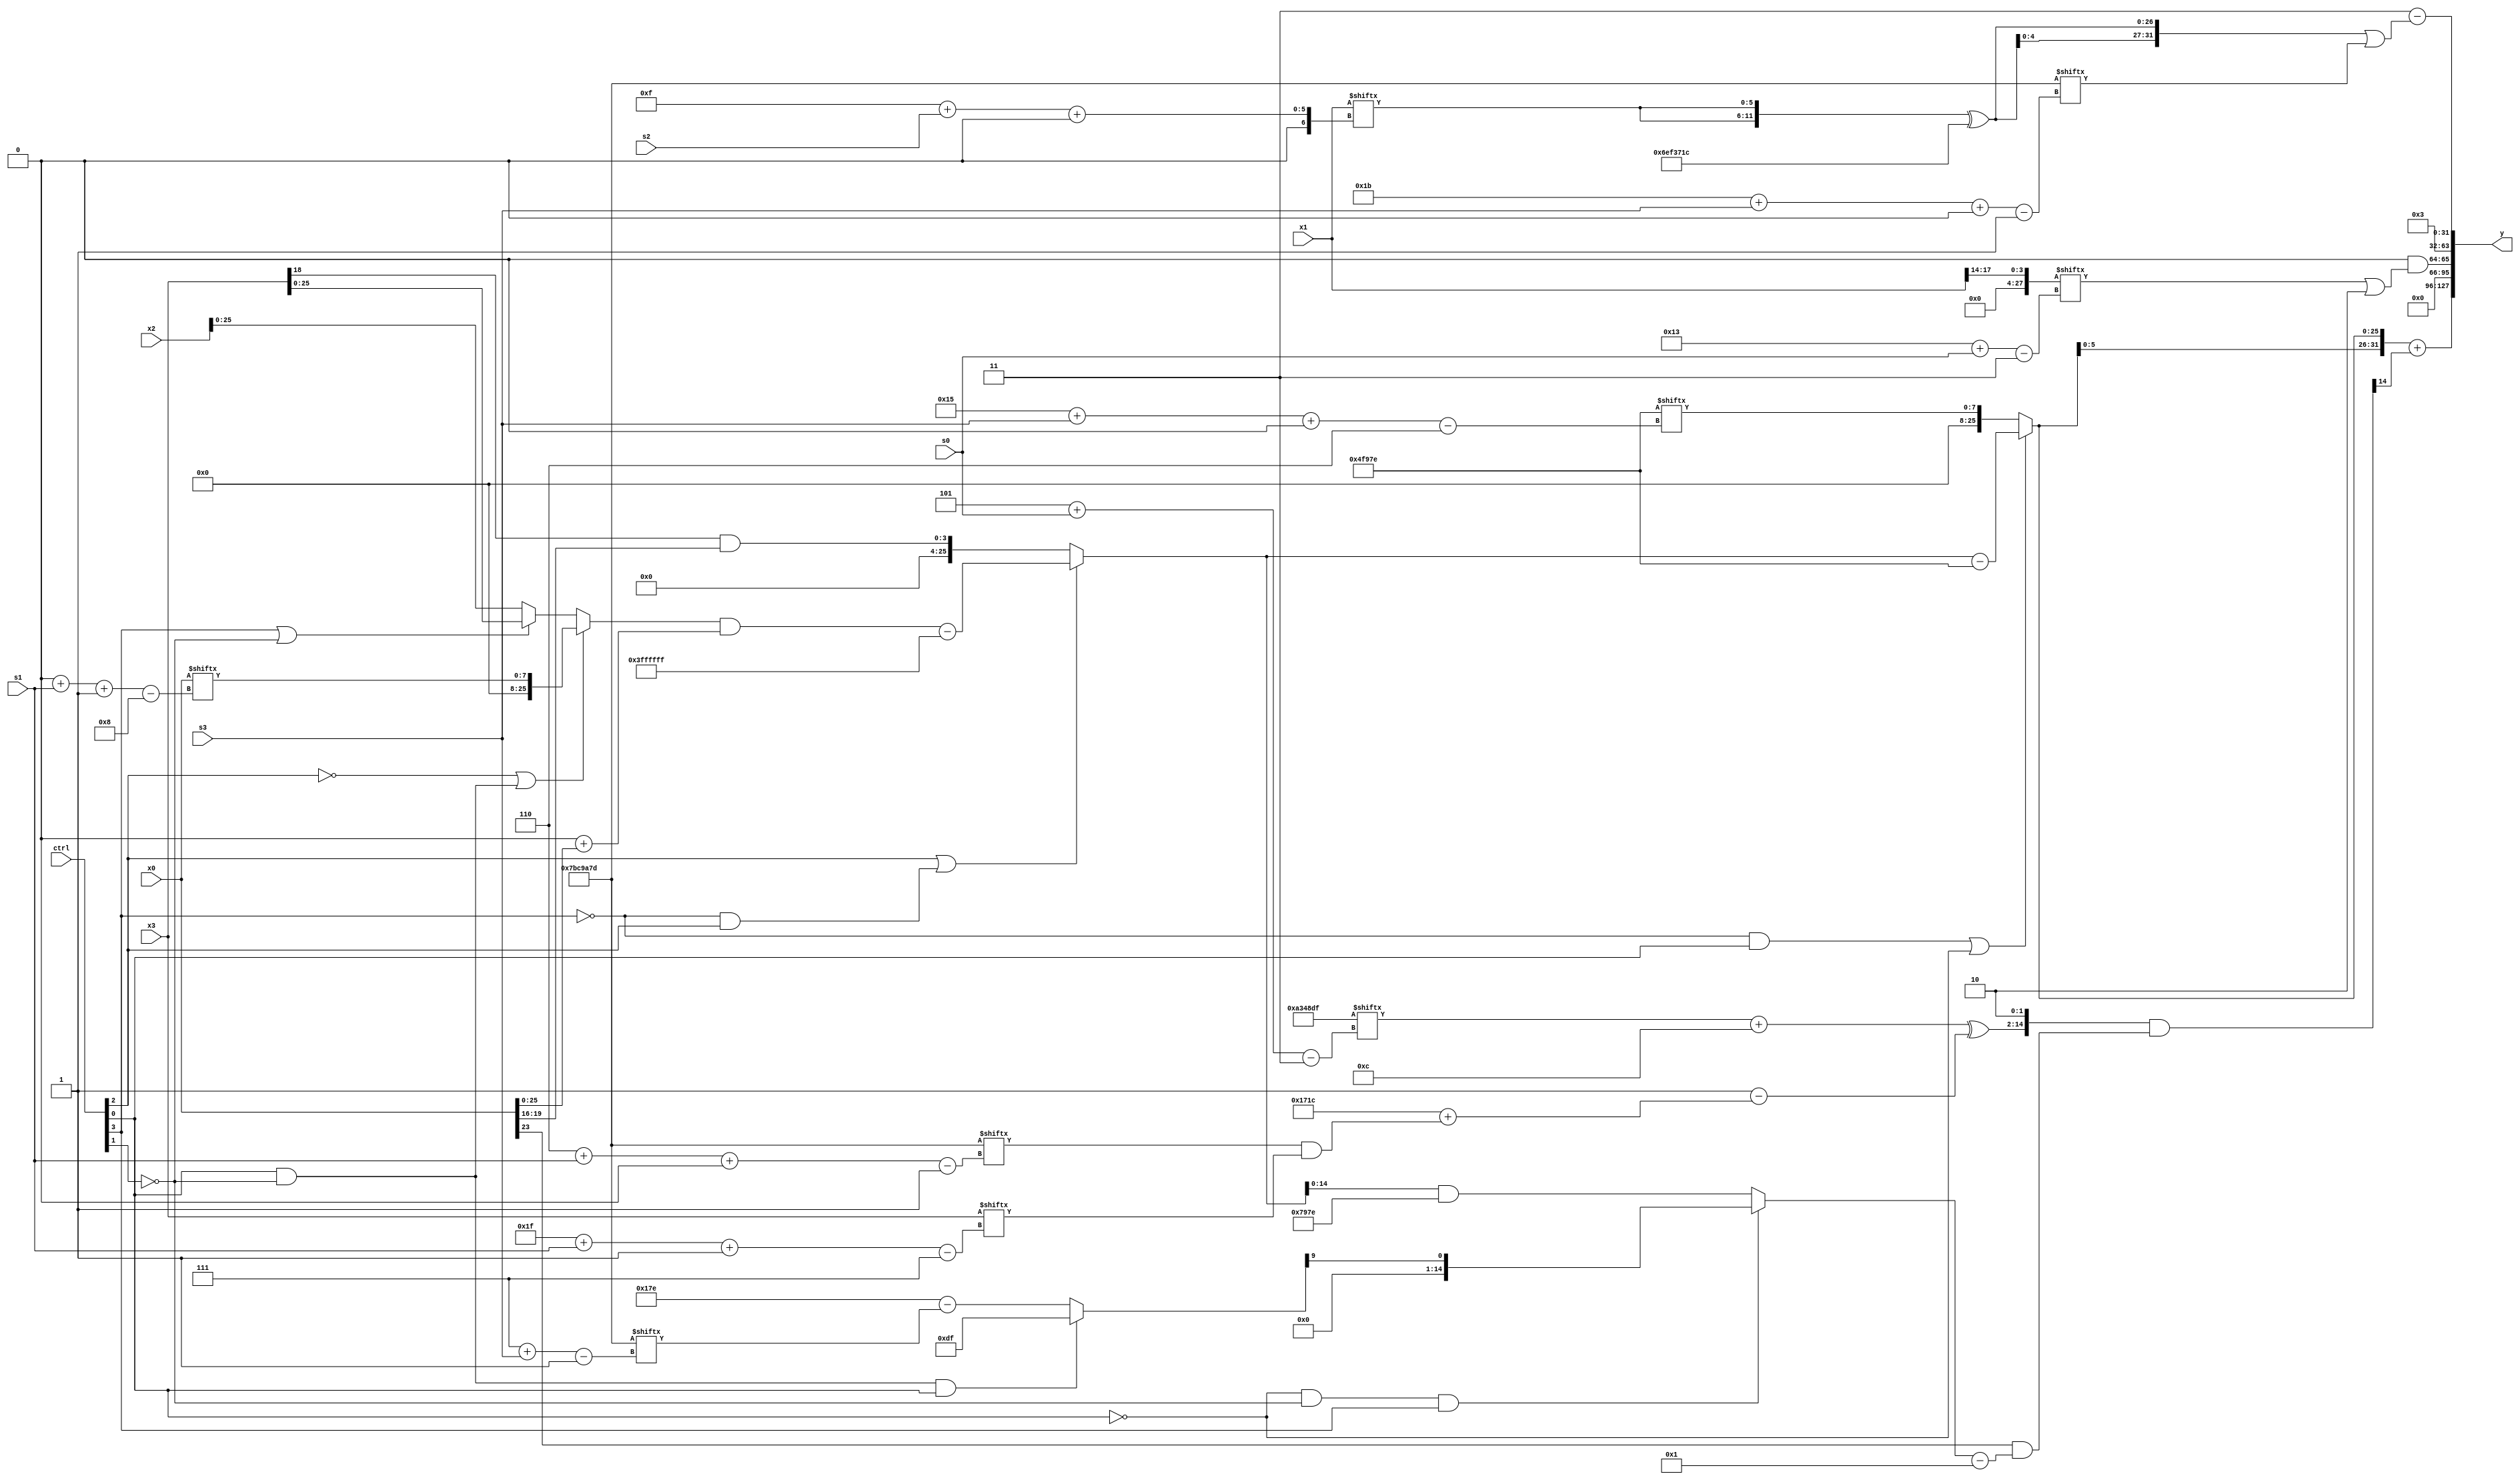
module partsel_00029(ctrl, s0, s1, s2, s3, x0, x1, x2, x3, y);
  input [3:0] ctrl;
  input [2:0] s0;
  input [2:0] s1;
  input [2:0] s2;
  input [2:0] s3;
  input signed [31:0] x0;
  input [31:0] x1;
  input signed [31:0] x2;
  input [31:0] x3;
  wire [31:6] x4;
  wire [26:0] x5;
  wire [7:27] x6;
  wire [26:4] x7;
  wire [4:26] x8;
  wire [30:6] x9;
  wire [31:2] x10;
  wire signed [30:0] x11;
  wire [2:26] x12;
  wire signed [7:29] x13;
  wire [30:3] x14;
  wire [0:28] x15;
  output [127:0] y;
  wire [31:0] y0;
  wire signed [31:0] y1;
  wire signed [31:0] y2;
  wire [31:0] y3;
  assign y = {y0,y1,y2,y3};
  localparam signed [28:3] p0 = 816007391;
  localparam signed [4:30] p1 = 250558236;
  localparam signed [27:1] p2 = 398236285;
  localparam [24:6] p3 = 417659262;
  assign x4 = (ctrl[2] || !ctrl[3] && ctrl[2] ? (((!ctrl[2] || ctrl[0] && !ctrl[1] ? x0[0 + s1 -: 8] : (ctrl[3] || ctrl[3] || !ctrl[1] ? x3 : x2)) & {2{(p0[12 +: 2] + x0)}}) - (p1[15] - p1[14 +: 1])) : (!ctrl[1] || ctrl[1] || !ctrl[3] ? (x3[18] & x0[19 -: 4]) : (x3 & p0)));
  assign x5 = {x1[4 + s3 +: 7], p2[4 + s0]};
  assign x6 = x0[23];
  assign x7 = (ctrl[0] && !ctrl[1] && ctrl[0] ? p0 : (p3 - p2[7 + s3]));
  assign x8 = ({((p0[5 + s0] + p3[15 +: 4]) ^ (p2[13] - (p1 + (p2[6 + s1 +: 2] & x3[31 + s1 -: 7])))), p1[23 -: 2]} & ({(!ctrl[1] || !ctrl[0] && ctrl[2] ? (!ctrl[0] || !ctrl[1] || !ctrl[1] ? x3[13 +: 4] : p0[17 + s3 -: 1]) : {x4[18 + s1 -: 8], p1[17 +: 2]}), x6} & ((!ctrl[0] && !ctrl[1] && ctrl[3] ? x7[13] : {(p3[8 +: 1] ^ p0), (x4 & p3)}) - (p1[13 +: 1] | {2{x6}}))));
  assign x9 = x2[7 + s2];
  assign x10 = (!ctrl[1] || !ctrl[2] && ctrl[1] ? (x7[18 +: 3] | (((p2 ^ x7) + (ctrl[3] || ctrl[2] || !ctrl[3] ? x9[9 +: 1] : x7[10])) - ((x3[14 + s0 -: 5] + x2[17 -: 2]) - (ctrl[0] && !ctrl[2] && ctrl[3] ? p1[18 +: 1] : p2[9 + s3 +: 8])))) : x1[15 -: 3]);
  assign x11 = x6[31 + s3 -: 3];
  assign x12 = ({{2{(ctrl[3] && ctrl[1] || !ctrl[2] ? p0[17 + s3 +: 4] : x3)}}, p1[13 -: 2]} & (x2[13 + s2] + x6[15]));
  assign x13 = (p1[21 -: 1] ^ p3[18 -: 2]);
  assign x14 = x1[17 -: 4];
  assign x15 = x6[19 + s1];
  assign y0 = {2{{2{({2{(!ctrl[3] && ctrl[0] || !ctrl[0] ? (x4 - p3) : p3[21 + s3 +: 8])}} + x8[12])}}}};
  assign y1 = (p3[16] & (x14[19 + s0] | p0[16 +: 3]));
  assign y2 = (p0[13 -: 4] ^ p0[13 +: 3]);
  assign y3 = (p2[13 -: 2] - ({2{({2{x1[15 + s2 +: 6]}} ^ p1)}} | p2[27 + s3 +: 5]));
endmodule